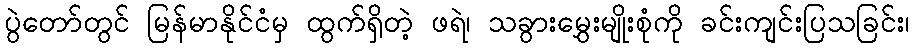
ပွဲတော်တွင် မြန်မာနိုင်ငံမှ ထွက်ရှိတဲ့ ဖရဲ၊ သခွားမွှေးမျိုးစုံကို ခင်းကျင်းပြသခြင်း၊